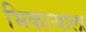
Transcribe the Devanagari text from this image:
भिकाऱ्याला